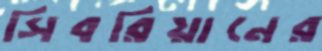
সিবরিয়ানের